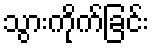
သွားကိုက်ခြင်း